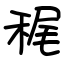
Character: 䅏